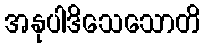
အနုပါဒိသေသောတိ